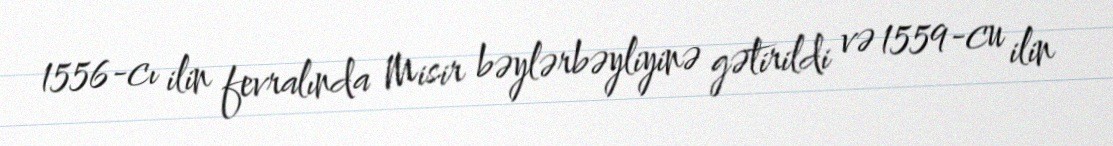
1556-cı ilin fevralında Misir bəylərbəyliyinə gətirildi və 1559-cu ilin